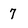
Character: 7